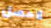
لاحصل